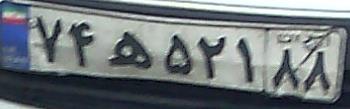
۷۴ه۵۲۱۸۸